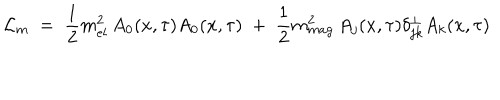
{ \mathcal L } _ { m } \; = \; \frac { 1 } { 2 } m _ { e l } ^ { 2 } \, A _ { 0 } ( x , \tau ) A _ { 0 } ( x , \tau ) \; + \; \frac { 1 } { 2 } m _ { m a g } ^ { 2 } \, A _ { j } ( x , \tau ) \delta _ { j k } ^ { \perp } A _ { k } ( x , \tau )